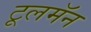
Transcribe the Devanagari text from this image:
टूलमॅन